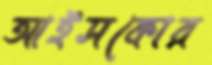
আইসকোর